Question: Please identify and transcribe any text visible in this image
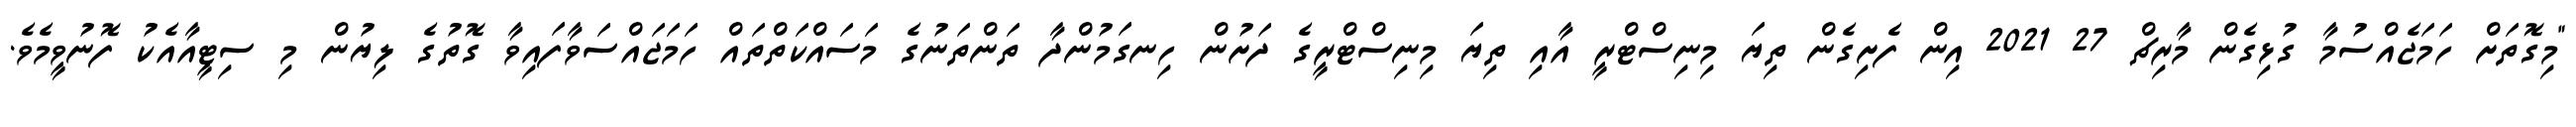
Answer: "މިގޮތަށް ހަމަޖެއްސުމާ ގުޅިގެން މާރިޗް 27 2021 އިން ފެށިގެން ތިޔަ މިނިސްޓްރީ އާއި ތިޔަ މިނިސްޓްރީގެ ދަށުން ހިނގަމުންދާ ތަންތަނުގެ މަސައްކަތްތައް ހަމަޖައްސަވާފައިވާ ގޮތުގެ ލިޔުން މި ސިޓީއާއެކު ފޮނުވީމެވެ.